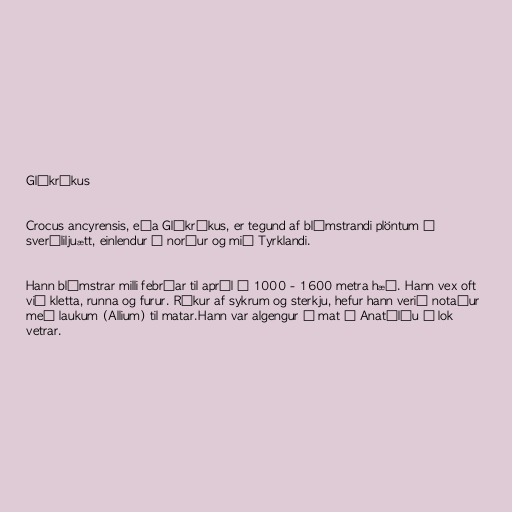
Glókrókus

Crocus ancyrensis, eða Glókrókus, er tegund af blómstrandi plöntum í
sverðliljuætt, einlendur í norður og mið Tyrklandi.

Hann blómstrar milli febrúar til apríl í 1000 - 1600 metra hæð. Hann vex oft
við kletta, runna og furur. Ríkur af sykrum og sterkju, hefur hann verið notaður
með laukum (Allium) til matar.Hann var algengur í mat í Anatólíu í lok
vetrar.